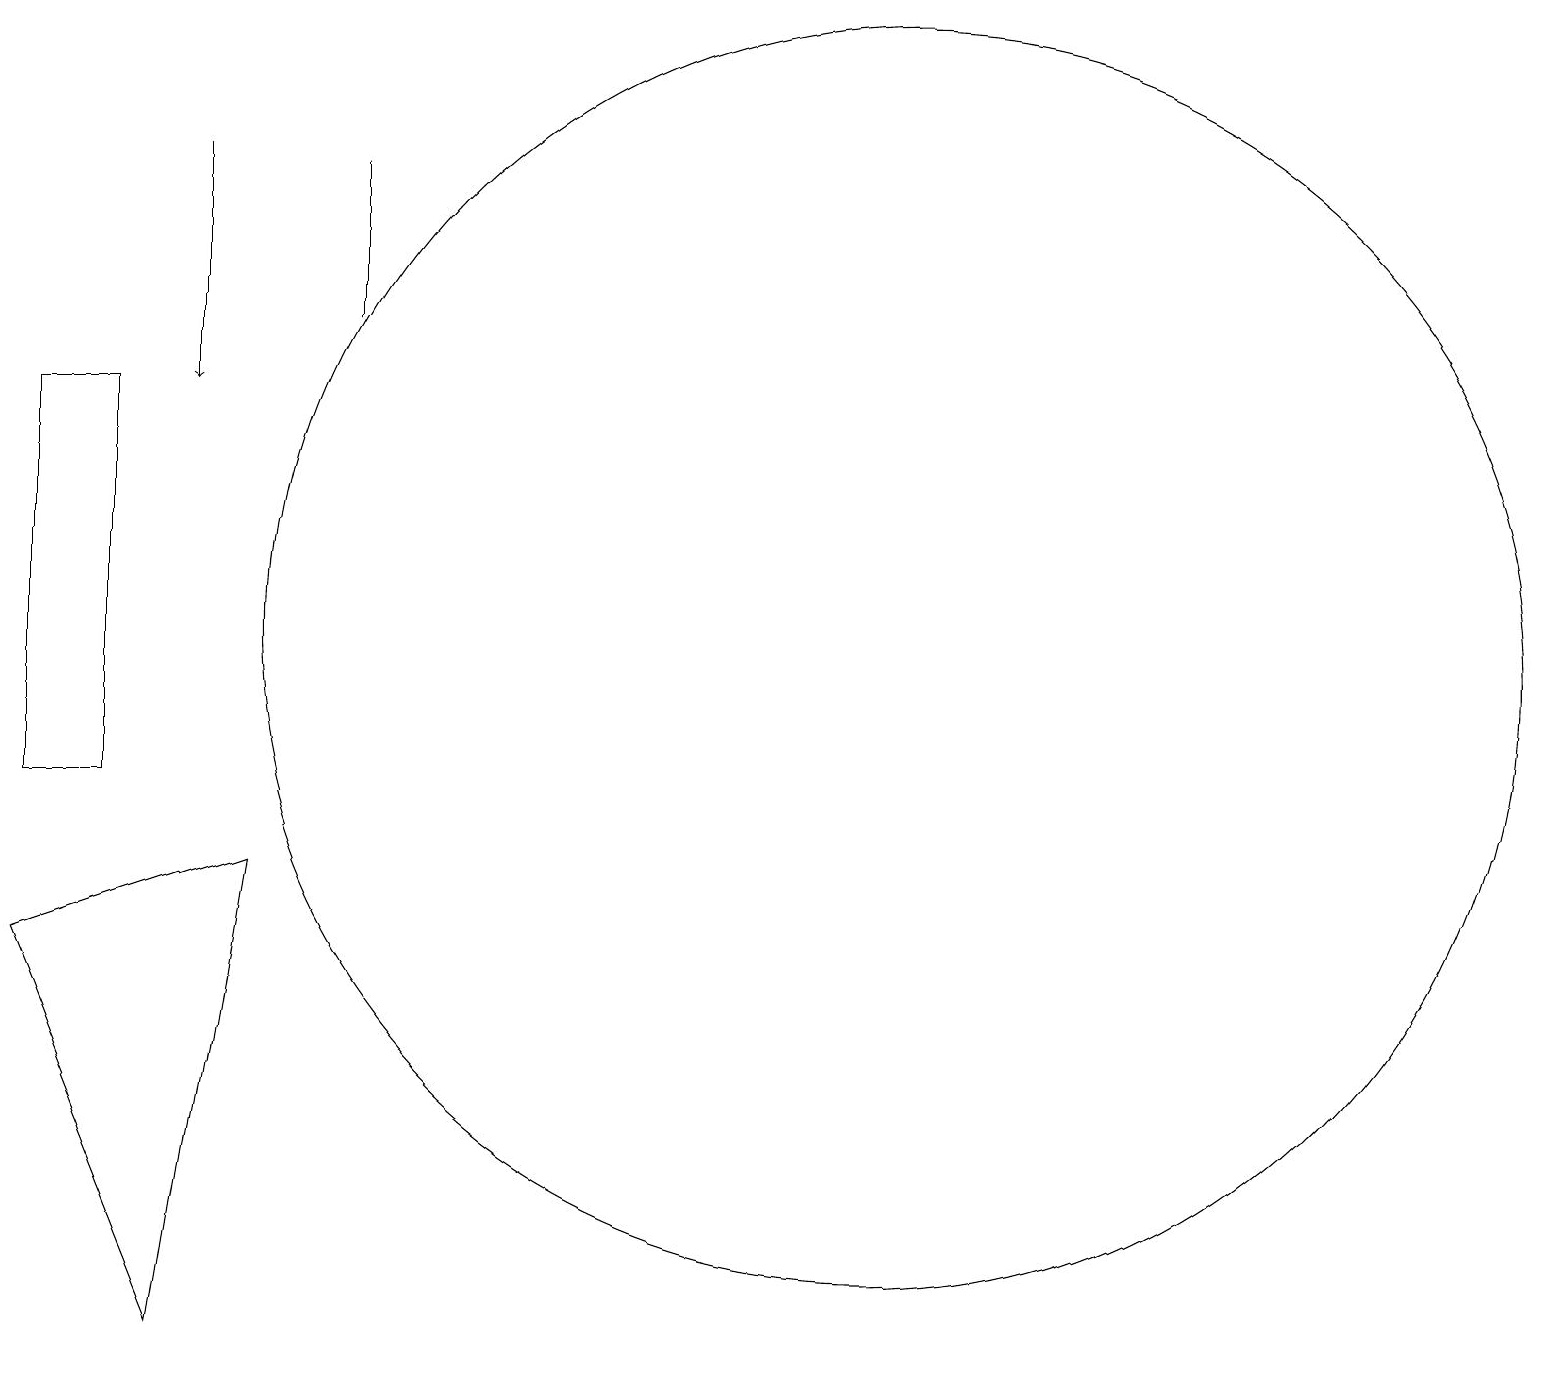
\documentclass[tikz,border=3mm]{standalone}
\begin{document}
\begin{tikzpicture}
\draw (1,15) rectangle (0,10);
\draw[->] (2,18) -- (2,15);
\draw (11,12) circle (8);
\draw (2,3) -- (3,9) -- (0,8) -- cycle;
\draw (4,16) rectangle (4,18);
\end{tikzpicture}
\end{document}